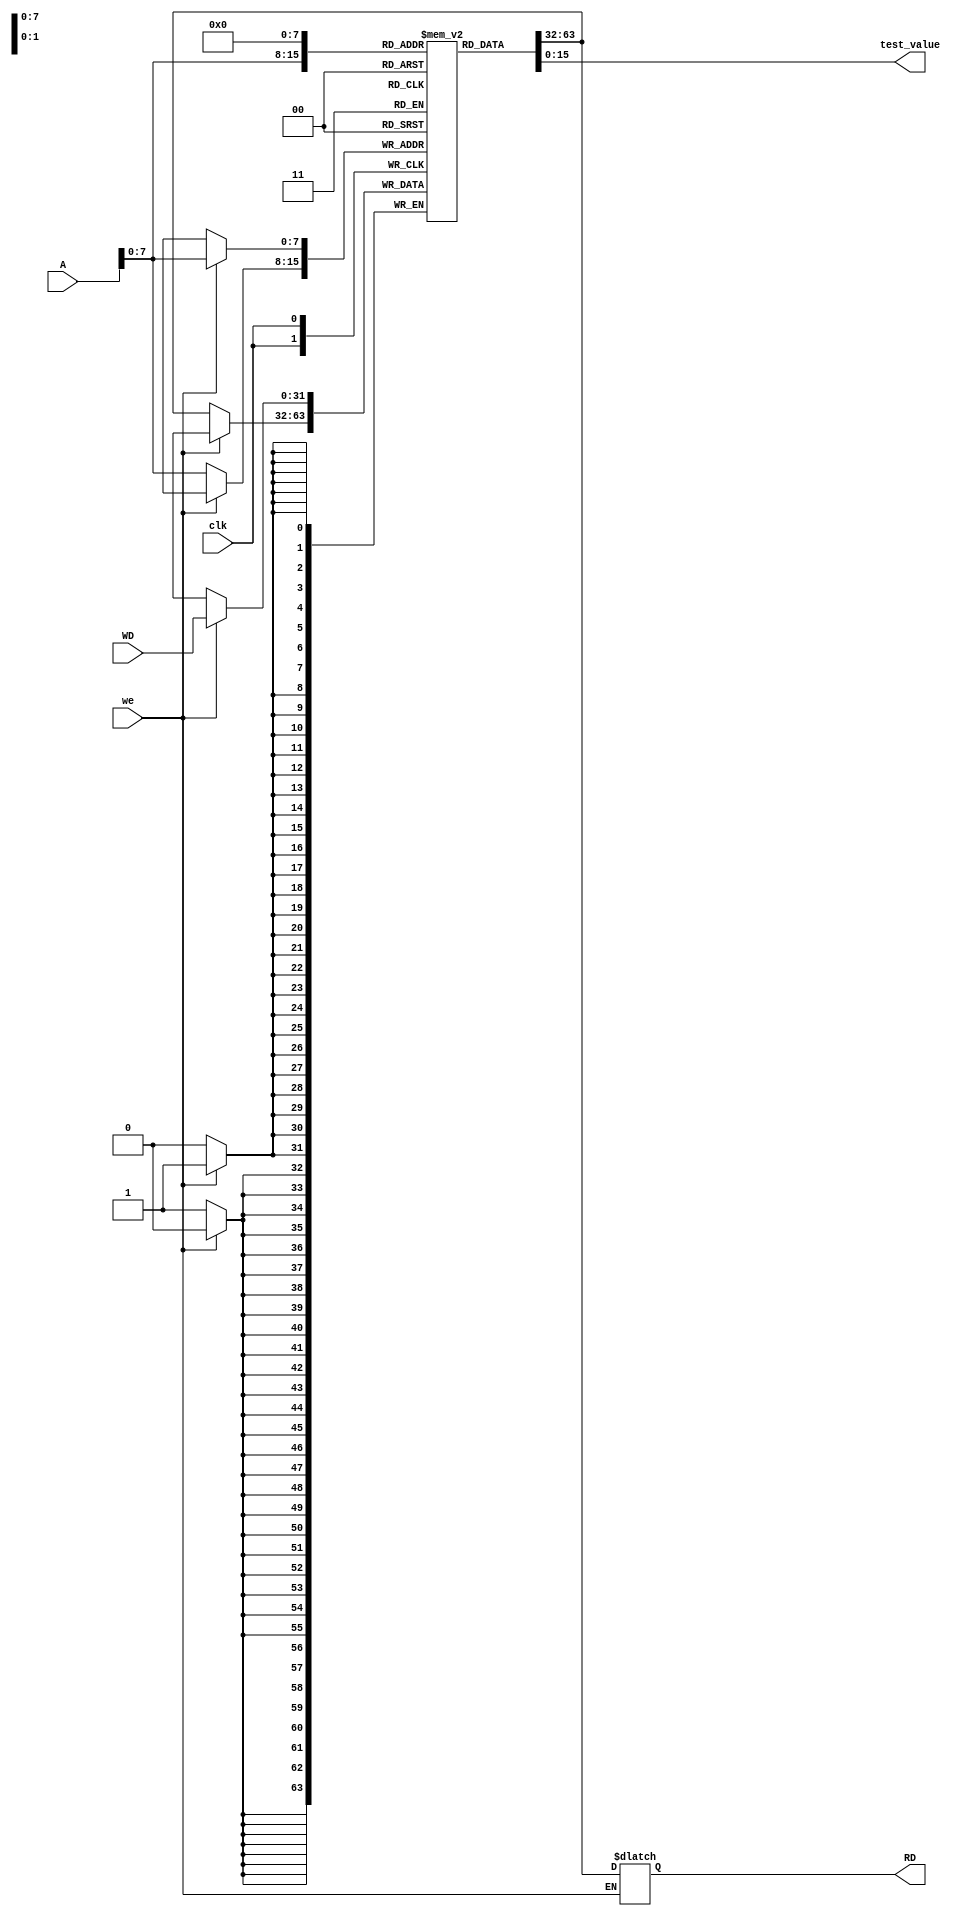
module data_memory (
 input clk,we,
 input [31:0]A,
 input [31:0]WD,
 output reg [31:0] RD,
 output [15:0] test_value
);
reg [31:0] RAM [0:255];
integer i;
initial
begin
for(i=0;i<256;i=i+1)
RAM[i]=32'b0;
end
////synchronous write process////
always@(posedge clk)
begin
if(we)
RAM[A]<=WD;
else
RAM[A]<=RAM[A];
end
////asynchronous read process////
always@*
begin
if(!we)
RD = RAM[A];
else
RD = RD;
end
assign test_value = RAM[0][15:0];
endmodule